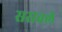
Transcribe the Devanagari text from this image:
सरावले